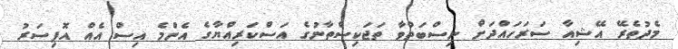
މެދުތެރޭ އޭޝިއާ ސަރަހައްދަށް ނިސްބަތްވާ ތަޖަކިސްތާނުގެ އަސްކަރިއްޔާގެ އެންމެ އިސް އެއް އޮފިސަރު